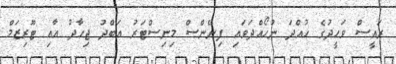
ރައީސް ވަހީދުގެ ހުއްދަ ނުހޯއްދަވައި ފިނޭންސް މިނިސްޓަރު އަބްދު ޖިހާދު އާއި ޓޫރިޒަމް